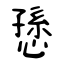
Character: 愻